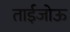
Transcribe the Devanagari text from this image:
ताईजोऊ